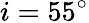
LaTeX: i=55^{\circ}